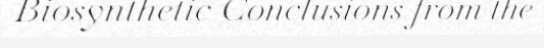
Biosynthetic Conclusions from the